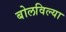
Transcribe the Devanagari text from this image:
बोलविल्या